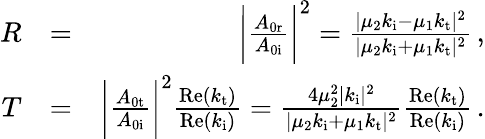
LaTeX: \begin{array}{rlr}{R}&{=}&{\bigg|\frac{A_{\mathrm{0r}}}{A_{\mathrm{0i}}}\bigg|^{2}=\frac{|\mu_{2}k_{\mathrm{i}}-\mu_{1}k_{\mathrm{t}}|^{2}}{|\mu_{2}k_{\mathrm{i}}+\mu_{1}k_{\mathrm{t}}|^{2}}\, ,}\\ {T}&{=}&{\bigg|\frac{A_{\mathrm{0t}}}{A_{\mathrm{0i}}}\bigg|^{2}\frac{\mathrm{Re}(k_{\mathrm{t}})}{\mathrm{Re}(k_{\mathrm{i}})}=\frac{4\mu_{2}^{2}|k_{\mathrm{i}}|^{2}}{|\mu_{2}k_{\mathrm{i}}+\mu_{1}k_{\mathrm{t}}|^{2}}\frac{\mathrm{Re}(k_{\mathrm{t}})}{\mathrm{Re}(k_{\mathrm{i}})}\, .}\end{array}